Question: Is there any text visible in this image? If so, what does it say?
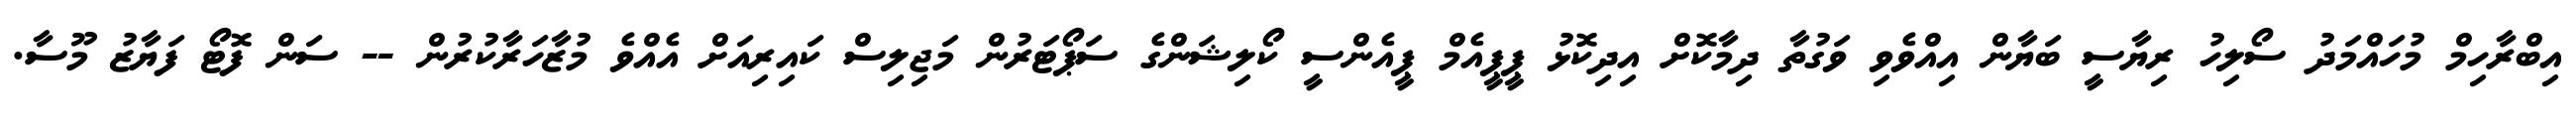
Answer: އިބްރާހިމް މުހައްމަދު ސޯލިހު ރިޔާސީ ބަޔާން އިއްވެވި ވަގުތާ ދިމާކޮށް އިދިކޮޅު ޕީޕީއެމް ޕީއެންސީ ކޯލިޝަންގެ ސަޕޯޓަރުން މަޖިލިސް ކައިރިއަށް އެއްވެ މުޒާހަރާކުރުން -- ސަން ފޮޓޯ ފަޔާޒު މޫސާ.